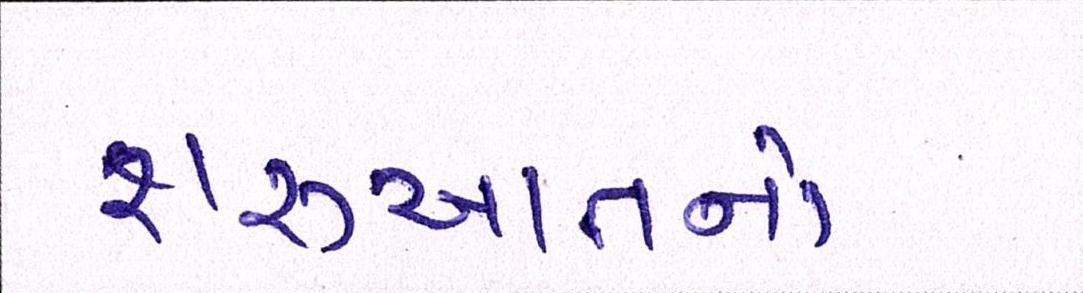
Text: શરૂઆતનો